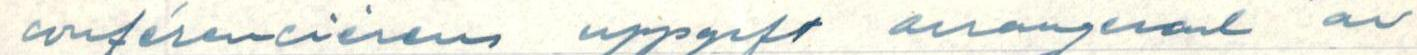
conférencièrens uppgift arrangerad av